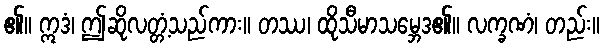
၏။ ဣဒံ၊ ဤဆိုလတ္တံ့သည်ကား။ တဿ၊ ထိုသီမာသမ္ဘေဒ၏။ လက္ခဏံ၊ တည်း။